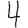
Digit: 4